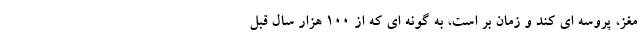
مغز، پروسه ای کند و زمان بر است، به گونه ای که از 100 هزار سال قبل